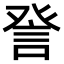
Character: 𧦴